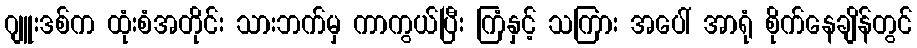
ဂျူးဒစ်က ထုံးစံအတိုင်း သားဘက်မှ ကာကွယ်ပြီး ကြံနှင့် သကြား အပေါ် အာရုံ စိုက်နေချိန်တွင်